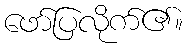
ဖော်ပြလိုက်၏။